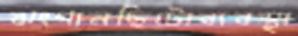
ঝংগানছিটোব্যবস্থা